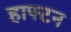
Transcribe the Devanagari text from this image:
हाफ्टन